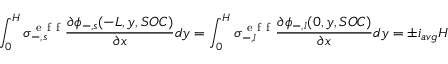
\int _ { 0 } ^ { H } \sigma _ { - , s } ^ { \mathrm { ~ e ~ f ~ f ~ } } \frac { \partial \phi _ { - , s } ( - L , y , S O C ) } { \partial x } d y = \int _ { 0 } ^ { H } \sigma _ { - , l } ^ { \mathrm { ~ e ~ f ~ f ~ } } \frac { \partial \phi _ { - , l } ( 0 , y , S O C ) } { \partial x } d y = \pm i _ { a v g } H